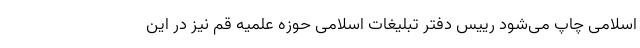
اسلامی چاپ می‌شود رییس دفتر تبلیغات اسلامی حوزه علمیه قم نیز در این